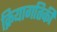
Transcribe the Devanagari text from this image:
क्रियागतिकी